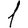
Digit: 1